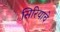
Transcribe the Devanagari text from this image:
सिरियाचे